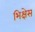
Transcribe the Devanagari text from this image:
भिक्षेस